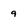
Character: g